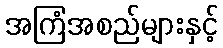
အကြံအစည်များနှင့်